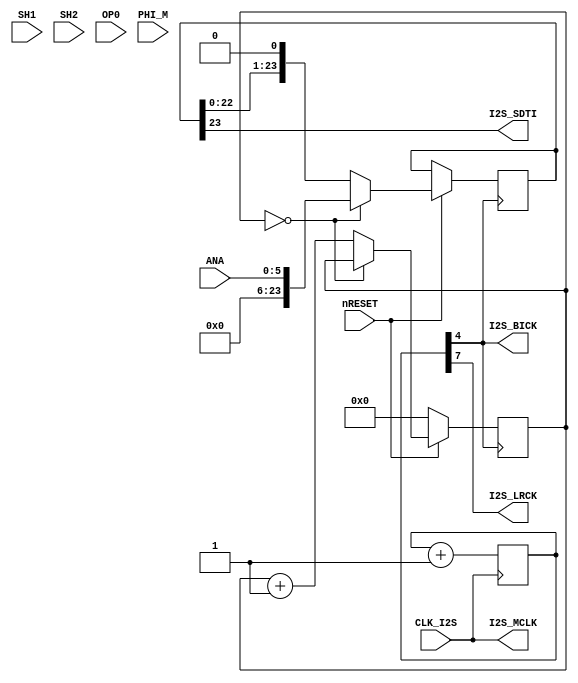
module ym2i2s(
	input nRESET,
	input CLK_I2S,
	input [5:0] ANA,
	input SH1, SH2, OP0, PHI_M,
	output I2S_MCLK, I2S_BICK, I2S_SDTI, I2S_LRCK
);

	wire [23:0] I2S_SAMPLE;
	reg [23:0] I2S_SR;
	reg [3:0] SR_CNT;
	reg [7:0] CLKDIV;
	
	assign I2S_SAMPLE = {18'b000000000000000000, ANA};			// Todo :)
	
	assign I2S_MCLK = CLK_I2S;
	assign I2S_LRCK = CLKDIV[7];		// LRCK = I2S_MCLK/512
	assign I2S_BICK = CLKDIV[4];		// BICK = I2S_MCLK/64
	assign I2S_SDTI = I2S_SR[23];
	
	always @(negedge I2S_BICK)
	begin
		if (!nRESET)
			SR_CNT <= 0;
		else
		begin
			if (!SR_CNT)
			begin
				I2S_SR[23:0] <= I2S_SAMPLE;	// Load SR
			end
			else
			begin
				I2S_SR[23:0] <= {I2S_SR[22:0], 1'b0};
				SR_CNT <= SR_CNT + 1'b1;
			end
		end
	end
	
	always @(posedge I2S_MCLK)
	begin
		CLKDIV <= CLKDIV + 1'b1;
	end

endmodule